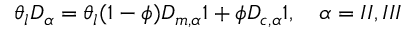
\theta _ { l } \boldsymbol { D } _ { \alpha } = \theta _ { l } ( 1 - \phi ) D _ { m , \alpha } \boldsymbol { 1 } + \phi D _ { c , \alpha } \boldsymbol { 1 } , \quad \alpha = I I , I I I